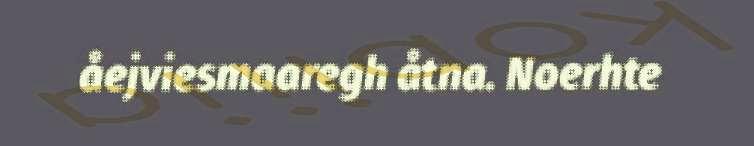
åejviesmaaregh åtna. Noerhte